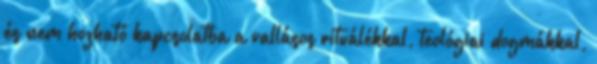
és nem hozható kapcsolatba a vallásos rituálékkal, teológiai dogmákkal,